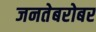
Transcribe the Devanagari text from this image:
जनतेबरोबर